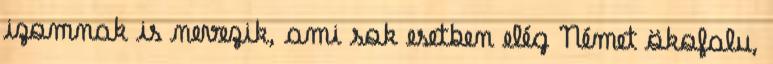
izomnak is nevezik, ami sok esetben elég Német ökofalu,